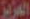
العزيز